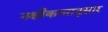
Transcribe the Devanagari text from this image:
नक्षीकामानुसार